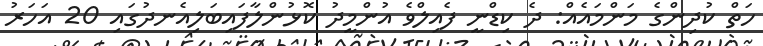
ހަތް ކުދިންގެ މަންމައެއް: ދެ ކިޑްނީ ފެއިލްވެ އުންމީދު ކޮޅުންލާފައިބަލިއެނދުގައި 20 އަހަރު